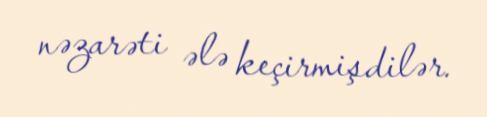
nəzarəti ələ keçirmişdilər.